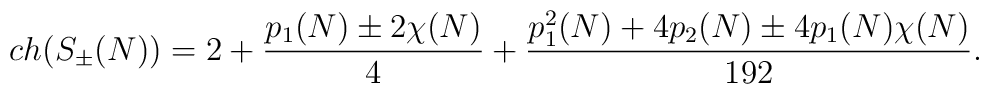
ch(S_{\pm}(N))=2+{{p_1(N)\pm 2\chi(N)}\over{4}}+{{p_1^2(N)+4p_2(N)\pm 4p_1(N)\chi(N)}\over{192}}.